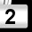
Digit: 2